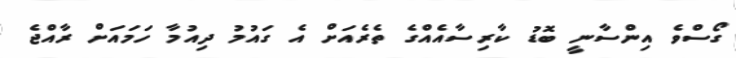
ގޯސްވެ އިންސާނީ ބޮޑު ކާރިސާއެއްގެ ތެރެއަށް އެ ގައުމު ދިއުމާ ހަމައަށް ރާއްޖެ